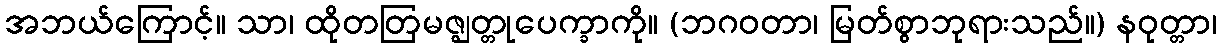
အဘယ်ကြောင့်။ သာ၊ ထိုတတြမဇ္ဈတ္တုပေက္ခာကို။ (ဘဂဝတာ၊ မြတ်စွာဘုရားသည်။) နဝုတ္တာ၊